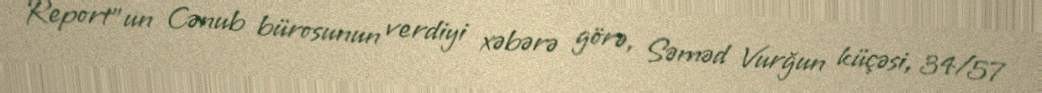
Report"un Cənub bürosunun verdiyi xəbərə görə, Səməd Vurğun küçəsi, 34/57